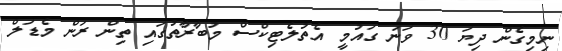
ނިމިގެން ދިޔަ 30 ވަނަ ގައުމީ އެތުލެޓިކްސް މުބާރާތުގައި ތިން ރަން މެޑަލް